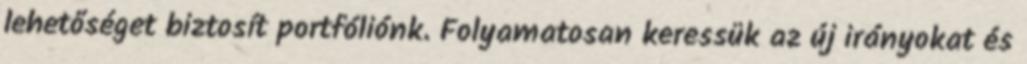
lehetőséget biztosít portfóliónk. Folyamatosan keressük az új irányokat és